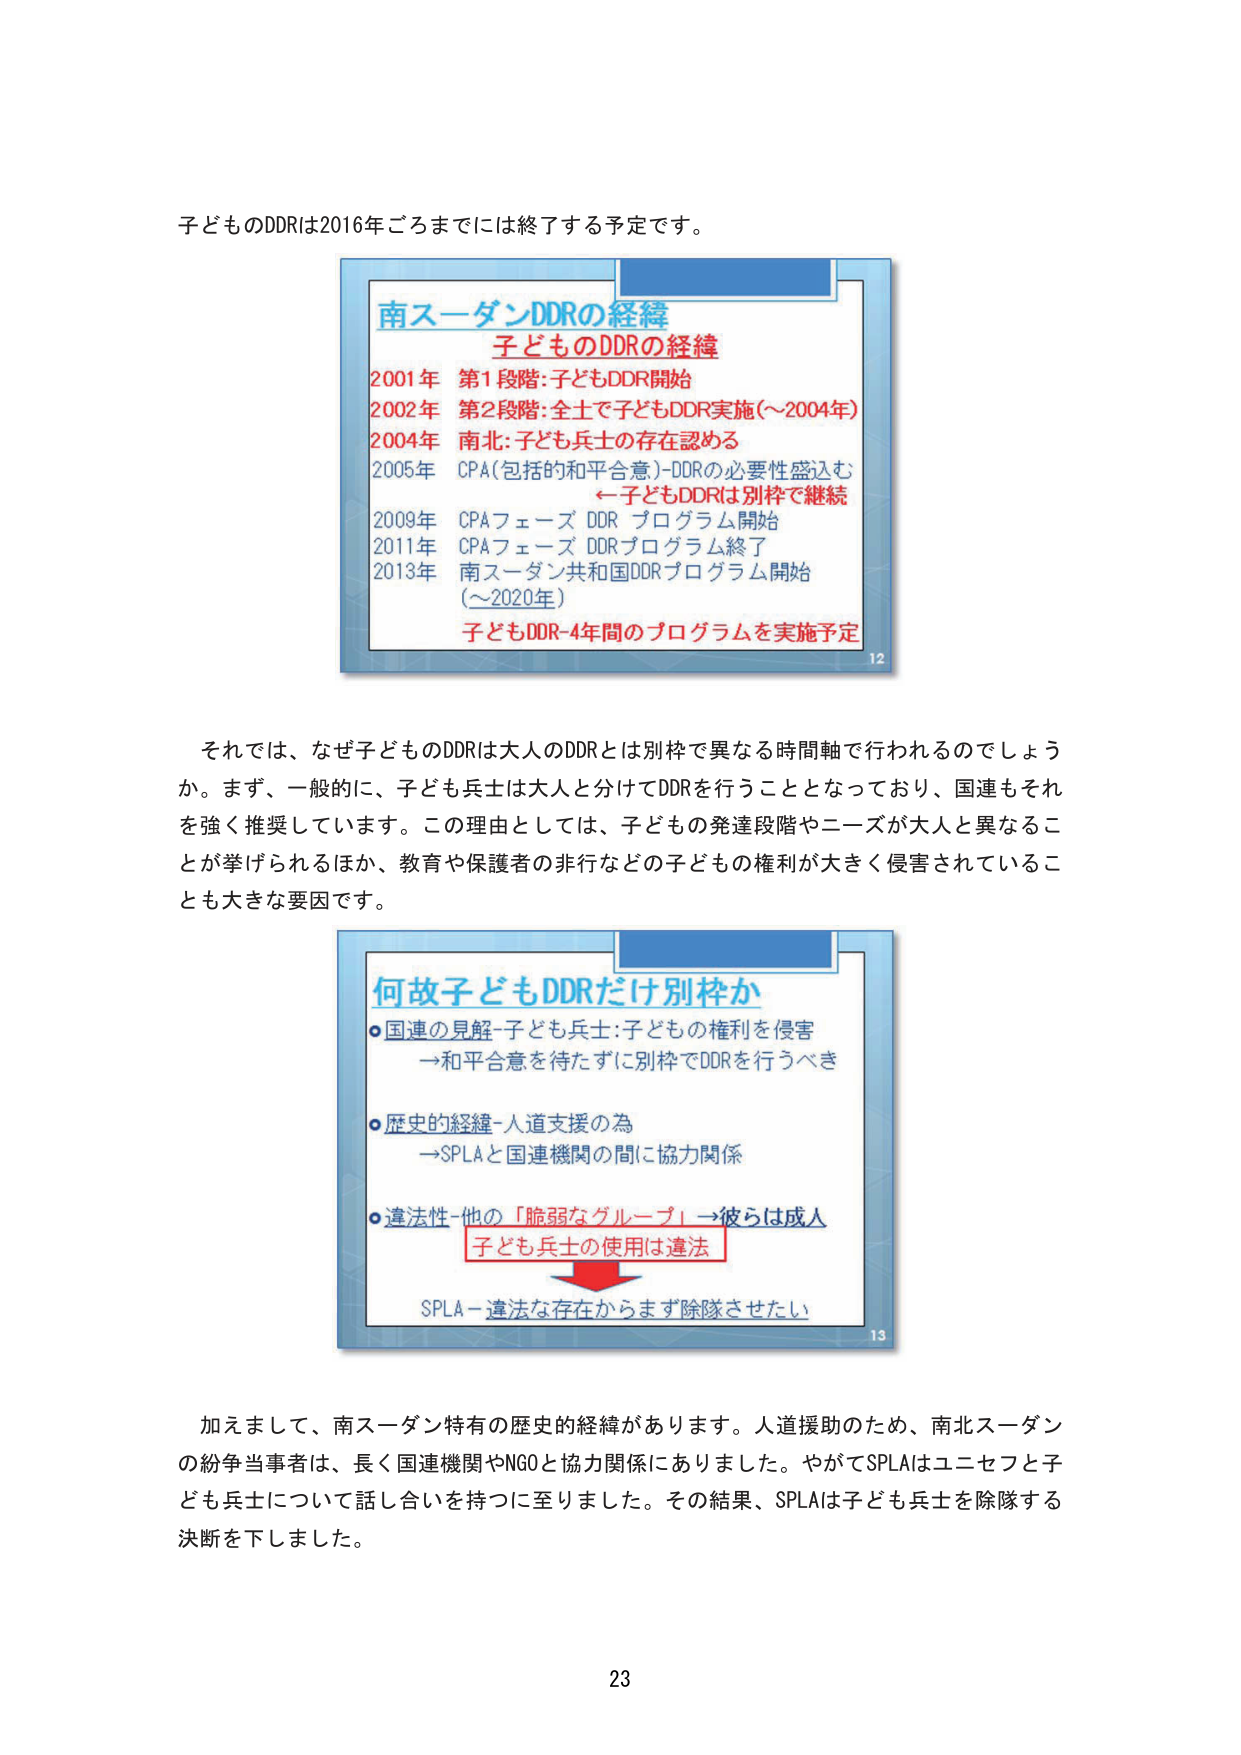
子どももDDRは2016年ごろまでには終了する予定です。

南スーダンDDRの経緯
子どももDDRの経緯
2001年 第1段階:子どもDDR開始
2002年 第2段階:全士で子どもDDR実施(～2004年)
2004年 南北:子ども兵士の存在認める
2005年 CPA(包括的和平合意)-DDRの必要性盛込む
←子どもDDRは別枠で継続
2009年 CPAフェーズ DDR プログラム開始
2011年 CPAフェーズ DDRプログラム終了
2013年 南スーダン共和国DDRプログラム開始
(～2020年)
子どもDDR-4年間のプログラムを実施予定
12

それでは、なぜ子どももDDRは大人のDDRとは別枠で異なる時間軸で行われるのでしょうか。まず、一般的に、子ども兵士は大人と分けてDDRを行うこととなっており、国連もそれを強く推奨しています。この理由としては、子どもの発達段階やニーズが大人と異なることが挙げられるほか、教育や保護者の非行などの子どもの権利が大きく侵害されていることも大きな要因です。

何故子どもDDRだけ別枠か
○国連の見解-子ども兵士:子どもの権利を侵害
→和平合意を待たずに別枠でDDRを行うべき
○歴史的経緯-人道支援の為
→SPLAと国連機関の間に協力関係
○違法性-他の「脆弱なグループ」→彼らは成人
子ども兵士の使用は違法
SPLA-違法な存在からまず除隊させたい
13

加えまして、南スーダン特有の歴史的経緯があります。人道援助のため、南北スーダンの紛争当事者は、長く国連機関やNGOと協力関係にありました。やがてSPLAはユニセフと子ども兵士について話し合いを持つに至りました。その結果、SPLAは子ども兵士を除隊する決断を下しました。

23